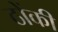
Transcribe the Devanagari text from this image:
ठोंकी